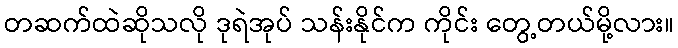
တဆက်ထဲဆိုသလို ဒုရဲအုပ် သန်းနိုင်က ကိုင်း တွေ့တယ်မို့လား။